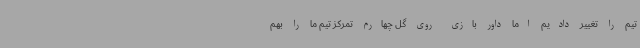
تیم را تغییر دادیم اما داور بازی روی گل چهارم تمرکز تیم ما را بهم